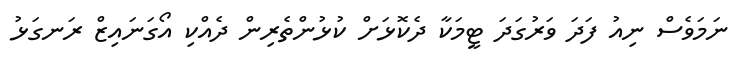
ނަމަވެސް ނިއު ފަދަ ވަރުގަދަ ޓީމަކާ ދެކޮޅަށް ކުޅުންތެރިން ދެއްކި އޯގަނައިޒް ރަނގަޅު